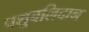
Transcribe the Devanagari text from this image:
पशुबलिदान